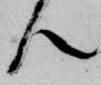
ん